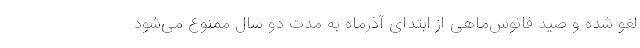
لغو شده و صید فانوس‌ماهی از ابتدای آذرماه به مدت دو سال ممنوع می‌شود